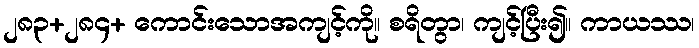
၂၈၃+၂၈၄+ ကောင်းသောအကျင့်ကို။ စရိတွာ၊ ကျင့်ပြီး၍။ ကာယဿ၊